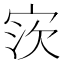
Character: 𫳎